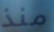
منذ